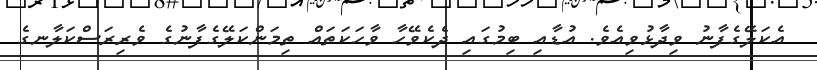
އެކަލޭގެފާނު ވިދާޅުވިއެވެ. އުޑާއި ބިމުގައި ދެކެވޭހާ ވާހަކަތައް ތިމަންކަލޭގެފާނުގެ ވެރިރަސްކަލާނގެ